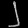
Digit: ၂